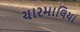
ચારમાલિયા